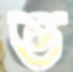
ভ